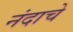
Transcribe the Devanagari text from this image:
नंदाचे